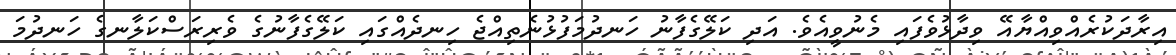
އިރާދަކުރެއްވިއްޔާއޭ ވިދާޅުވެފައި މެނުވީއެވެ. އަދި ކަލޭގެފާނު ހަނދުމަފުޅުނެތިއްޖެ ހިނދެއްގައި ކަލޭގެފާނުގެ ވެރިރަސްކަލާނގެ ހަނދުމަ